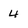
Character: 4